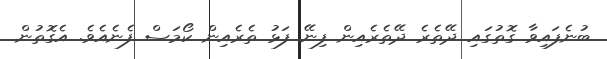
ބުނެފައިވާ ގޮތުގައި ދޭތެރެ ދޭތެރެއިން ފިނޭ ފަޅު ތެރެއިން ކޯމަސް ފެނެއެވެ. އެގޮތުން